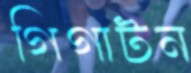
গিগাটন